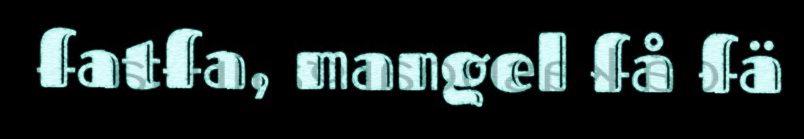
fatfa, mangel få fä